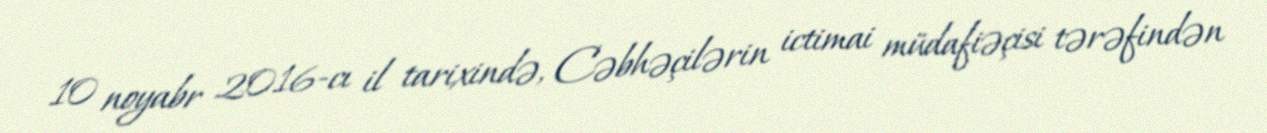
10 noyabr 2016-cı il tarixində, Cəbhəçilərin ictimai müdafiəçisi tərəfindən